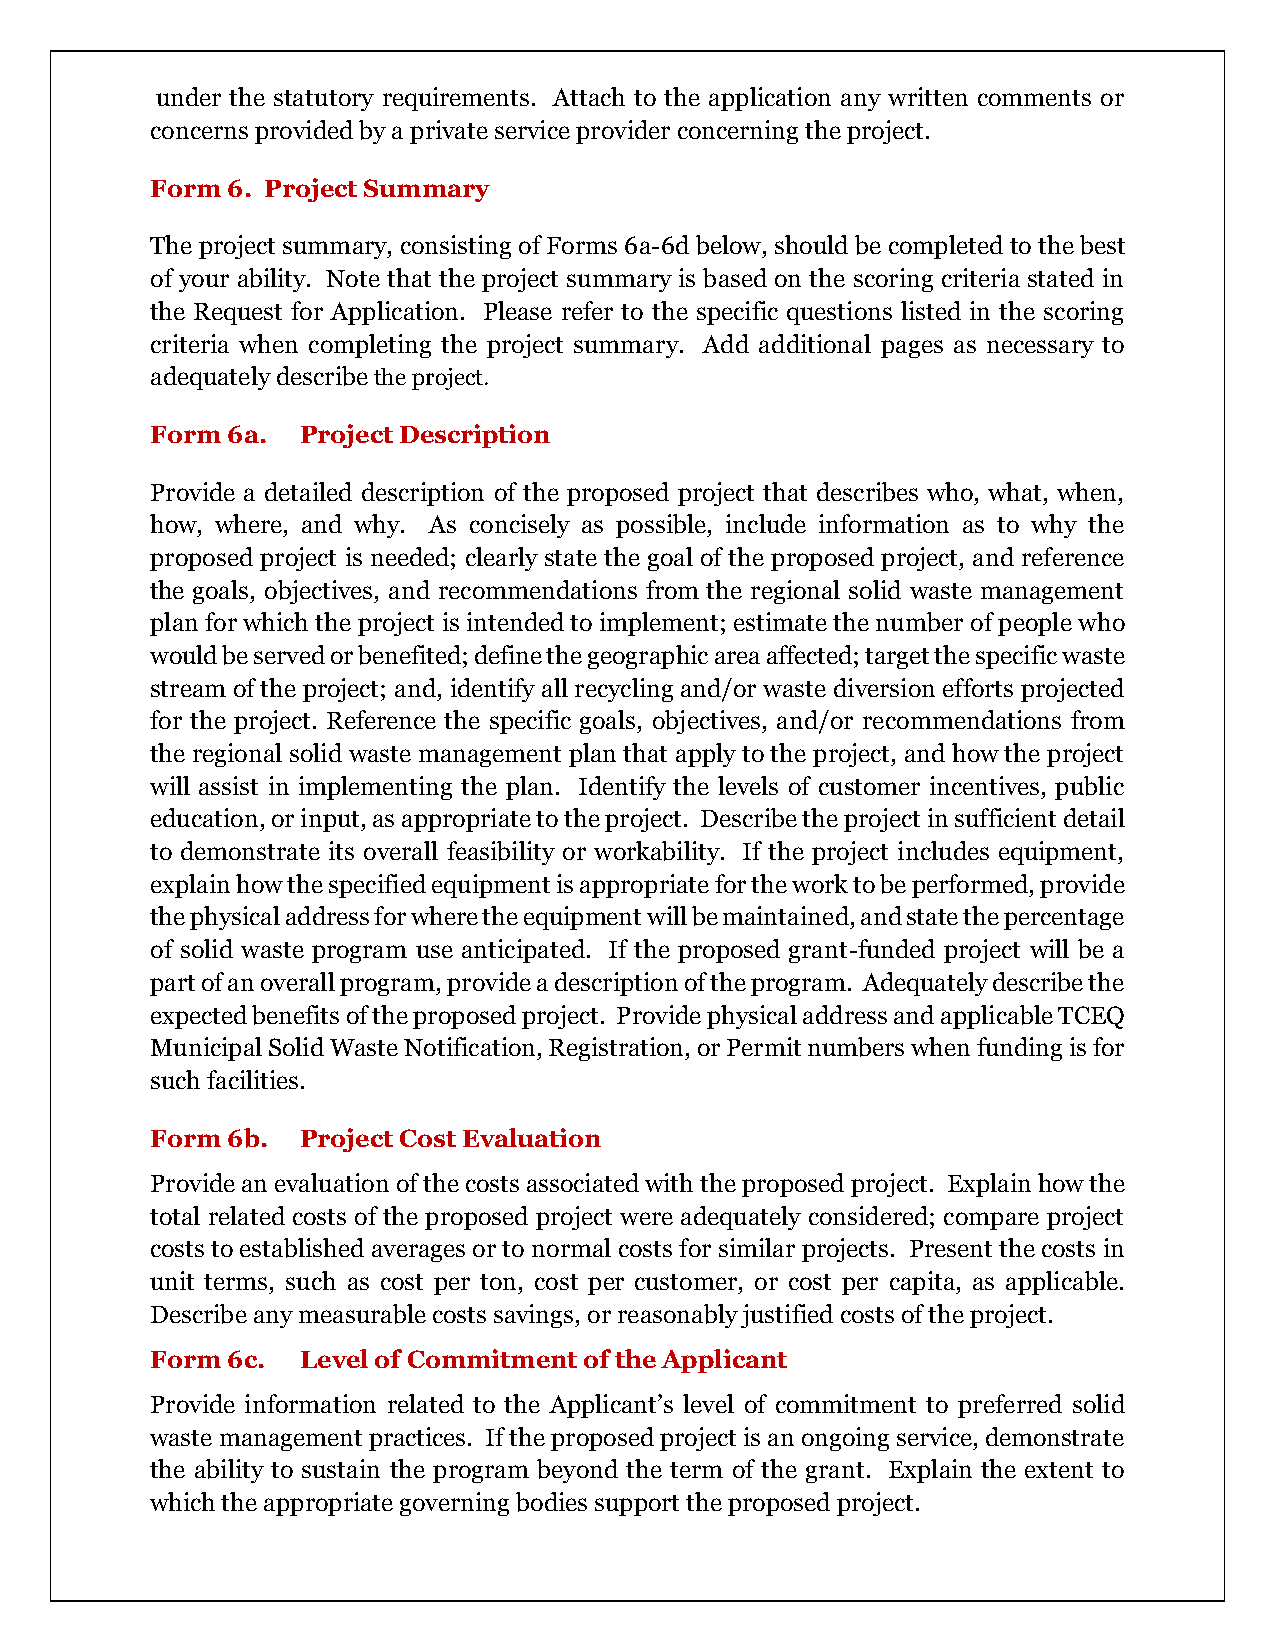
under the statutory requirements. Attach to the application any written comments or
 concerns provided by a private service provider concerning the project.
 Form 6. Project Summary
 The project summary, consisting of Forms 6a-6d below, should be completed to the best
 of your ability. Note that the project summary is based on the scoring criteria stated in
 the Request for Application. Please refer to the specific questions listed in the scoring
 criteria when completing the project summary. Add additional pages as necessary to
 adequately describe the project.
 Form 6a.  Project Description
 Provide a detailed description of the proposed project that describes who, what, when,
 how, where, and why. As concisely as possible, include information as to why the
 proposed project is needed; clearly state the goal of the proposed project, and reference
 the goals, objectives, and recommendations from the regional solid waste management
 plan for which the project is intended to implement; estimate the number of people who
 would be served or benefited; define the geographic area affected; target the specific waste
 stream of the project; and, identify all recycling and/or waste diversion efforts projected
 for the project. Reference the specific goals, objectives, and/or recommendations from
 the regional solid waste management plan that apply to the project, and how the project
 will assist in implementing the plan. Identify the levels of customer incentives, public
 education, or input, as appropriate to the project. Describe the project in sufficient detail
 to demonstrate its overall feasibility or workability. If the project includes equipment,
 explain how the specified equipment is appropriate for the work to be performed, provide
 the physical address for where the equipment will be maintained, and state the percentage
 of solid waste program use anticipated. If the proposed grant-funded project will be a
 part of an overall program, provide a description of the program. Adequately describe the
 expected benefits of the proposed project. Provide physical address and applicable TCEQ
 Municipal Solid Waste Notification, Registration, or Permit numbers when funding is for
 such facilities.
 Form 6b.  Project Cost Evaluation
 Provide an evaluation of the costs associated with the proposed project. Explain how the
 total related costs of the proposed project were adequately considered; compare project
 costs to established averages or to normal costs for similar projects. Present the costs in
 unit terms, such as cost per ton, cost per customer, or cost per capita, as applicable.
 Describe any measurable costs savings, or reasonably justified costs of the project.
 Form 6c.  Level of Commitment of the Applicant
 Provide information related to the Applicant’s level of commitment to preferred solid
 waste management practices. If the proposed project is an ongoing service, demonstrate
 the ability to sustain the program beyond the term of the grant. Explain the extent to
 which the appropriate governing bodies support the proposed project.